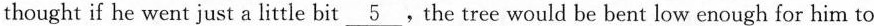
thought if he went just a little bit \underline 5, the tree would be bent low enough for hime to